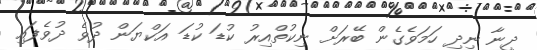
ދީނާ ނިދި ހަމަވެގެން ބޭރަށް ނިކުތްއިރު ކުޑަ ކުޑަ އަކްޔަން ދުވެ ދުވެފައި